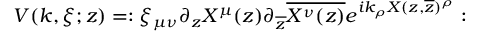
V ( k , \xi ; z ) = : \xi _ { \mu \nu } \partial _ { z } X ^ { \mu } ( z ) \partial _ { \overline { { { z } } } } \overline { { { X ^ { \nu } ( z ) } } } e ^ { i k _ { \rho } X ( z , \overline { { { z } } } ) ^ { \rho } } :